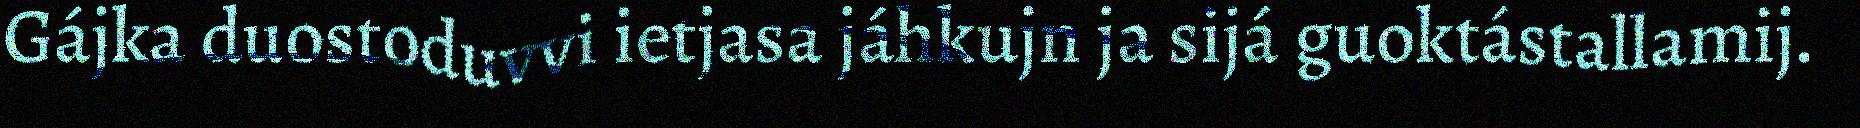
Gájka duostoduvvi ietjasa jáhkujn ja sijá guoktástallamij.